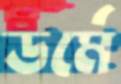
ডর্মে